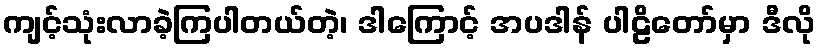
ကျင့်သုံးလာခဲ့ကြပါတယ်တဲ့၊ ဒါကြောင့် အပဒါန် ပါဠိတော်မှာ ဒီလို